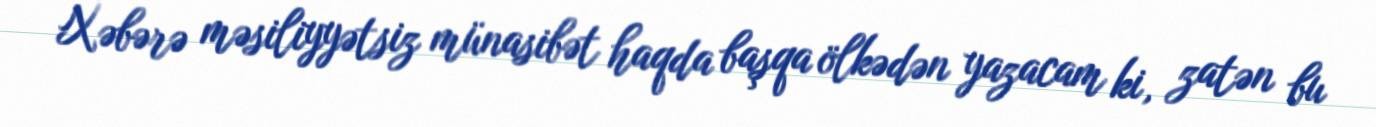
Xəbərə məsiliyyətsiz münasibət haqda başqa ölkədən yazacam ki, zatən bu